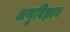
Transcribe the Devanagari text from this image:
अणुविज्ञान